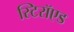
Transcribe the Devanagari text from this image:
स्टिरॉएड